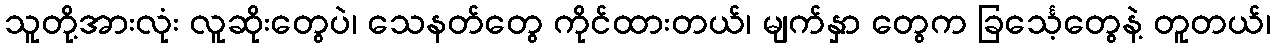
သူတို့အားလုံး လူဆိုးတွေပဲ၊ သေနတ်တွေ ကိုင်ထားတယ်၊ မျက်နှာ တွေက ခြင်္သေ့တွေနဲ့ တူတယ်၊